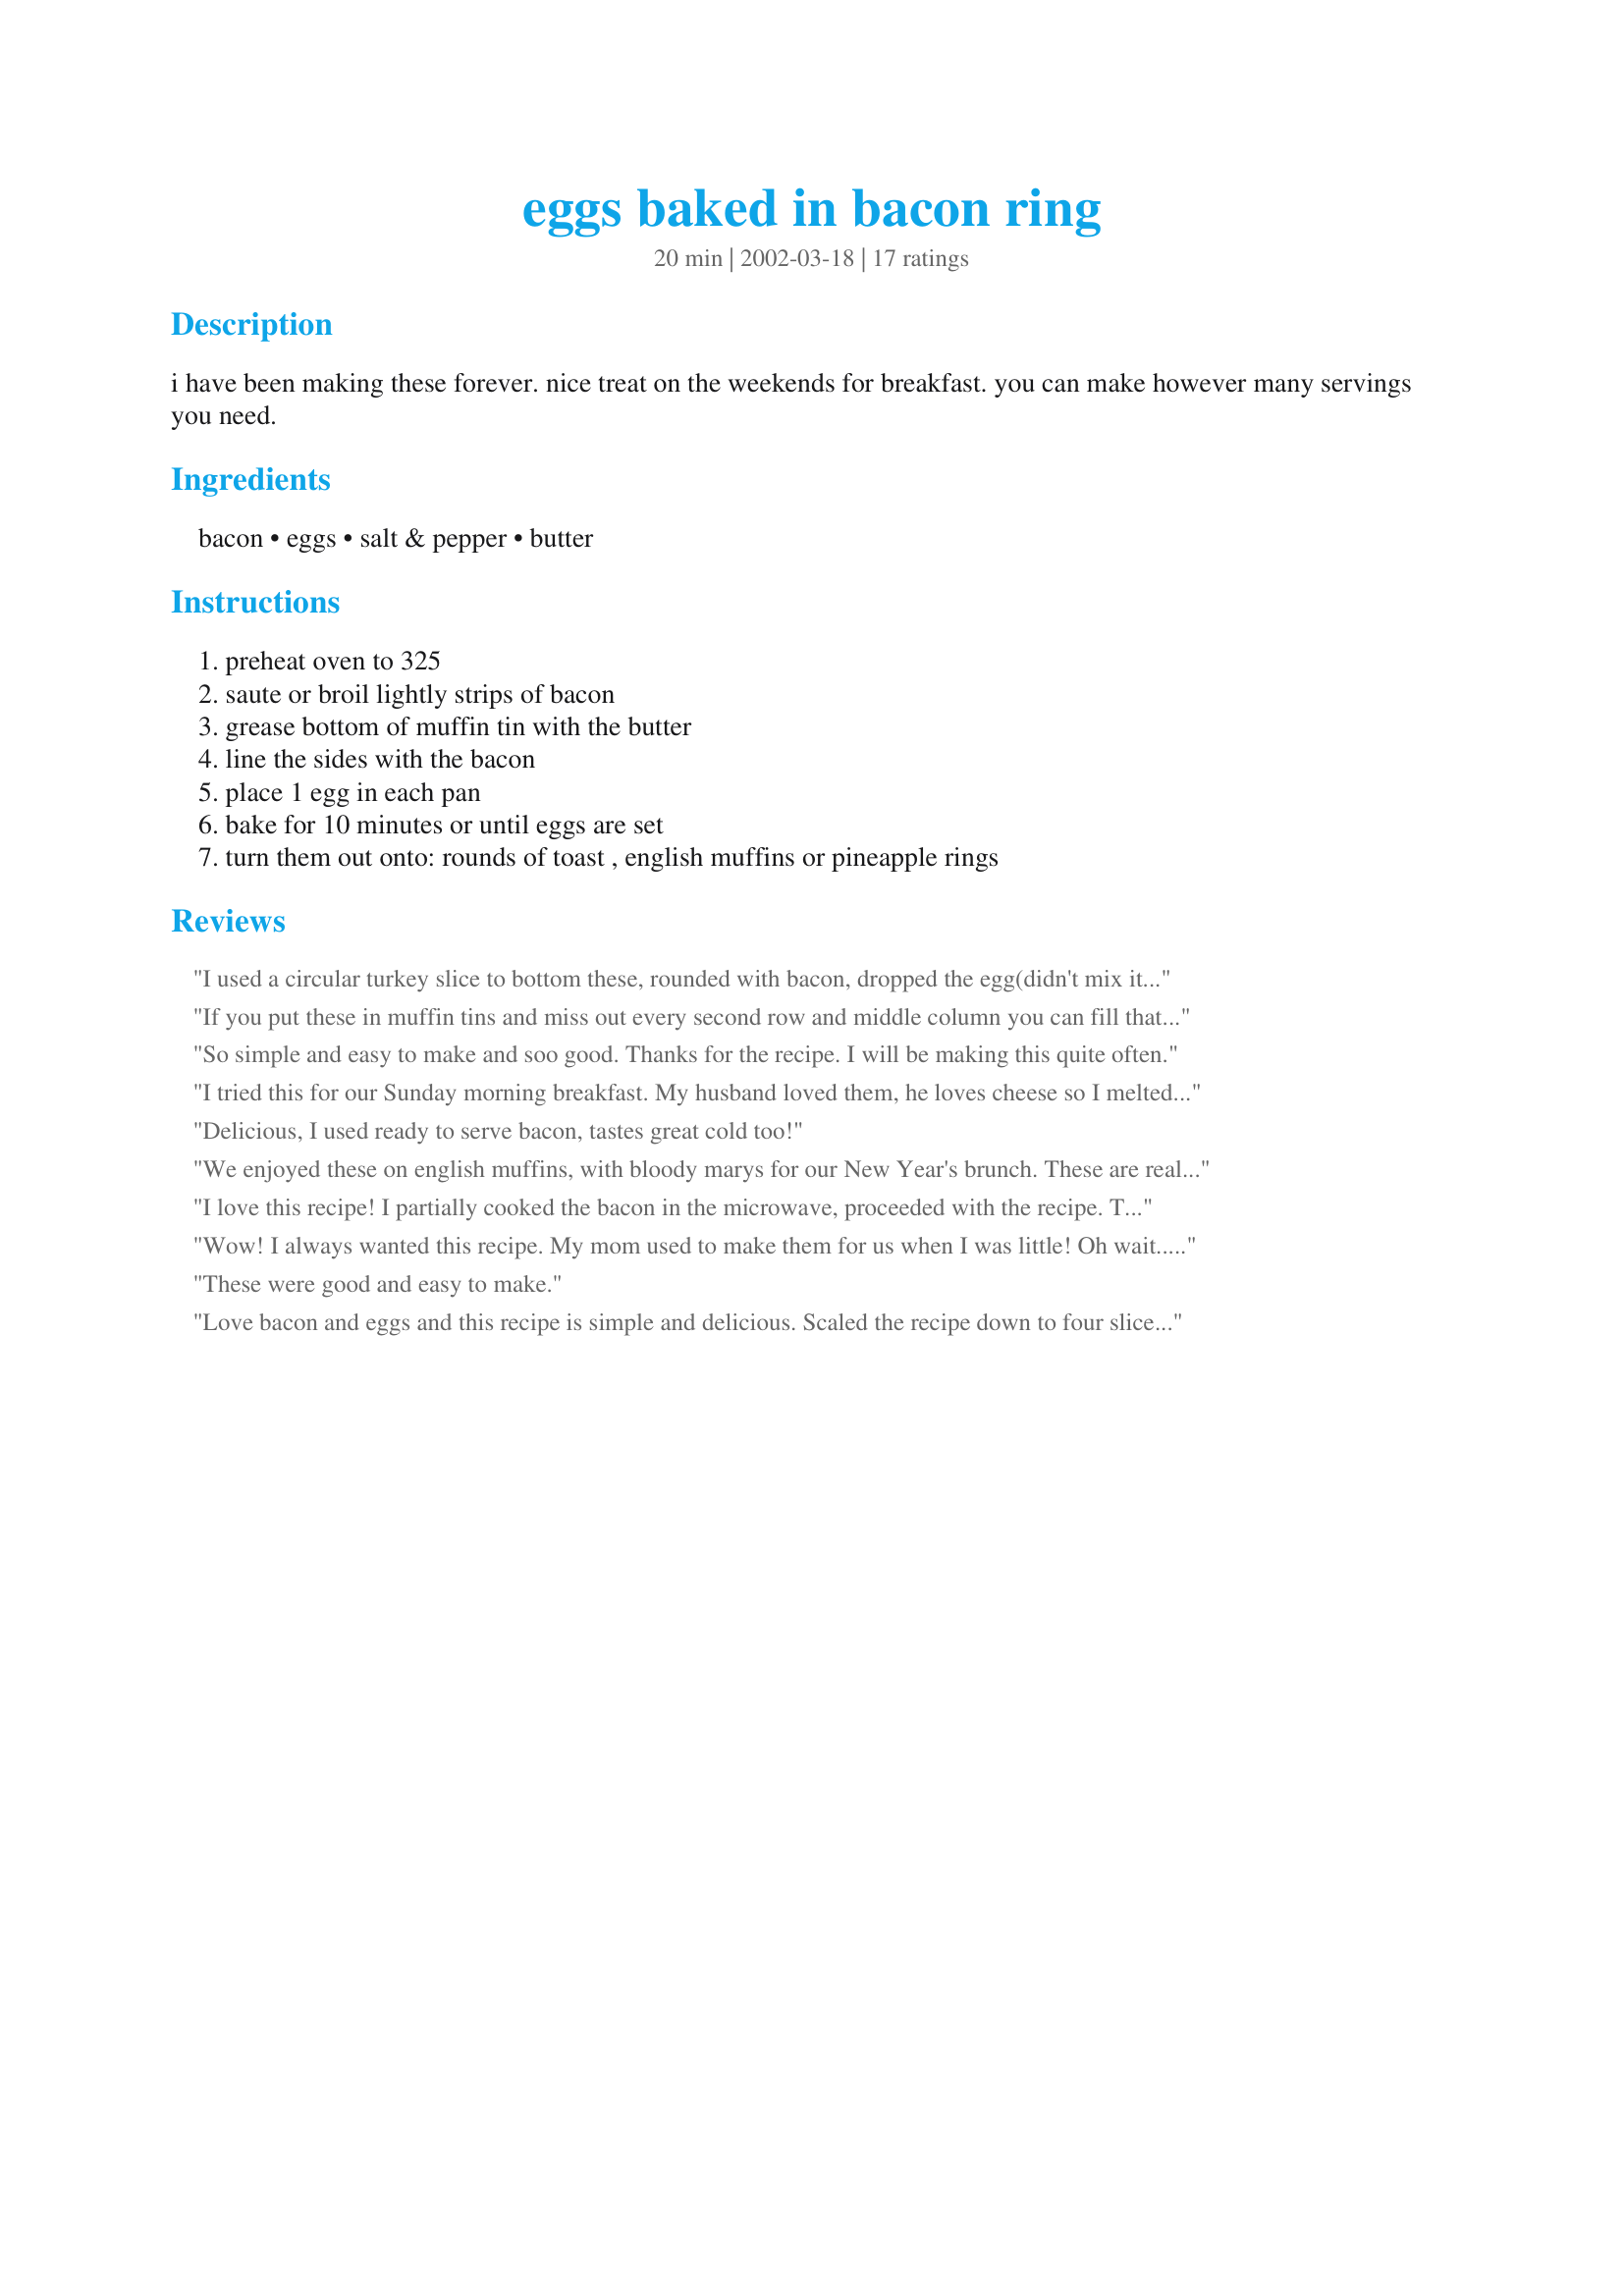
eggs baked in bacon ring
Preparation time: 20 minutes

i have been making these forever. nice treat on the weekends for breakfast. you can make however many servings you need.

Ingredients:
bacon, eggs, salt & pepper, butter

Steps:
preheat oven to 325, saute or broil lightly strips of bacon, grease bottom of muffin tin with the butter, line the sides with the bacon, place 1 egg in each pan, bake for 10 minutes or until eggs are set, turn them out onto: rounds of toast , english muffins or pineapple rings

Reviews:
I used a circular turkey slice to bottom these, rounded with bacon, dropped the egg(didn't mix it), topped with sharp cheddar, pepper flakes, cayenne, and using a mayo/mustard dip... Deviled Bacon Rings?
If you put these in muffin tins and miss out every second row and middle column you can fill that one hole with salted water. Cover with tin foil/aluminum foil and you have more of a soft coddled egg recipe. Delicious. &lt;br/&gt;&lt;br/&gt;egg egg egg egg egg&lt;br/&gt;egg water egg water egg&lt;br/&gt;egg egg egg egg egg&lt;br/&gt;&lt;br/&gt;etc.
So simple and easy to make and soo good. Thanks for the recipe. I will be making this quite often.
I tried this for our Sunday morning breakfast. My husband loved them, he loves cheese so I melted some on top when they were done. I am not an egg person, but it was very good to me too. Thanks for the post! Next time I'm trying them on an English Muffin.
Delicious, I used ready to serve bacon, tastes great cold too!
We enjoyed these on english muffins, with bloody marys for our New Year's brunch. These are really wonderful, and you could fry the bacon in advance (not too crispy or they'll break), refrigerate overnight, and be ready to make these first thing in the morning without having to wait for the bacon to fry. Watch the eggs carefully, though. Mine weren't set at 10 minutes, and when I checked them 5 minutes later, they were a little too done for our preferences, but we still loved the flavor and presentation of this. Excellent recipe that we'll make again - thanks, bert!
I love this recipe! I partially cooked the bacon in the microwave, proceeded with the recipe. Took them out of the oven, topped them with cheddar cheese and put them back in the over for a few minutes just to melt. AWESOME! Plus, they look great on a plate with hash browns, grits and biscuits!!!
Wow! I always wanted this recipe. My mom used to make them for us when I was little! Oh wait.....you are my Mom! Hee Hee. I pre-cooked my bacon in the microwave instead in the frying pan. Another shortcut is to use the Oscar Meyer Ready to Serve Bacon.
These were good and easy to make.
Love bacon and eggs and this recipe is simple and delicious. Scaled the recipe down to four slices bacon and four eggs for the two of us, and basted them with water as suggested because I like the top of my egg cooked. Served them with home fries (I love potatoes), thick sliced bread toasted and sliced tomatoes. Thanks for posting. :) Burnice
I made this for my husband and served it as part of breakfast in bed to thank him for the wonderful surprise birthday party that he and his daughter made for me. Thanks for a simple yet lovely and super easy treat.
This was great! I made the bacon for these the night before. I only made 6 of these but I also made 6 of Recipe #150764. So I made Recipe #150764 first to step 8. Pulled the pan out of the oven after 5 minutes and finished both recipes. I'll be making these for DD and friends for breakfast after Prom this spring. Made for *PAC Fall 2007* game
We make this all the time!!! So yummy. I also add some diced up onions & red pepper in the bottom of the muffin tin before i break the egg on top. then when it's about 5 minutes before it's done, i add a tsp of water to the top to help cook the top. I also love to add sliced cheddar on top. This is a family favorite-perfect for company!
I made these tonight for one of our "breakfast for supper" meals, & they turned out pretty good, but not perfectly. The bacon cooked more in the oven & had an overcooked taste, & the eggs were overdone. I have found that so many times that a recipe is much better after the 2nd time. I will try this again, thanks so much for posting!
This has turned into one of our breakfast staples for most weekend. Really great with hollandaise sauce.
I had been tooling around the site today when I came across this recipe. And well, when I get a craving, I MUST satisfy it. This was excellent! I took the advice from um-um-good and used the additions of onion and cheese. My daughter and I enjoyed this as a night snack. Now we want more!! Thank you so much!
These are not only very good, but a fun way to serve breakfast. I also melted some cheddar cheese over the top because I had some to use up (but it isn't necessary). Great recipe, Montana Heart Song!
